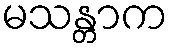
မသန္တာက